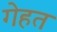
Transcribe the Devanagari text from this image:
गेहत